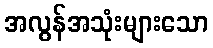
အလွန်အသုံးများသော